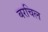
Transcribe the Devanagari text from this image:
बरचिल